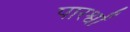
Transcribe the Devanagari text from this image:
पारर्श्वों